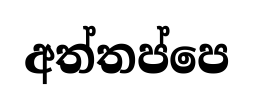
අත්තප්පෙ